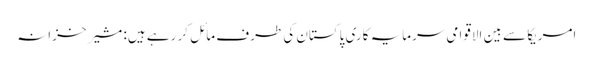
امریکا سے بین الاقوامی سرمایہ کاری پاکستان کی طرف مائل کر رہے ہیں: مشیر خزانہ